Quinine and its salts - Number 41
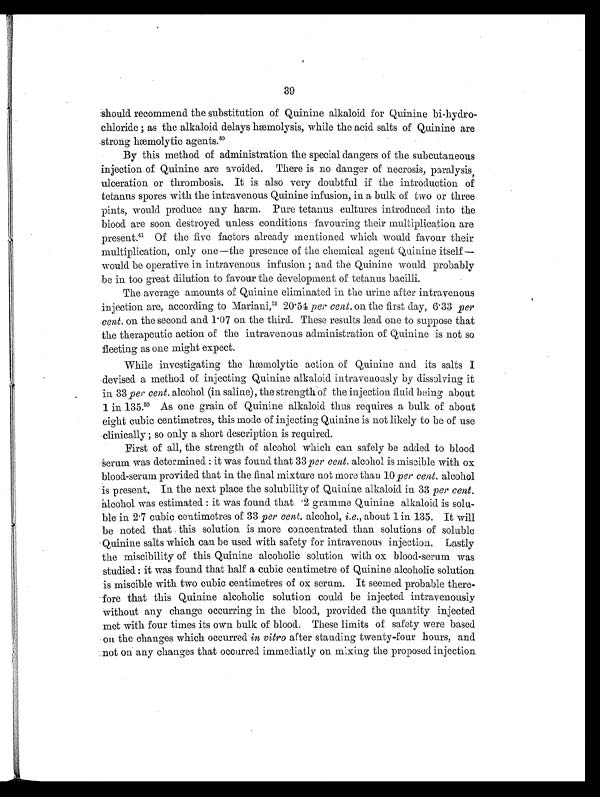
39
should recommend the substitution of Quinine alkaloid for Quinine bi-hydro-
chloride ; as the alkaloid delays hæmolysis, while the acid salts of Quinine are
strong hemolytic agents. 5 0
By this method of administration the special dangers of the subcutaneous
injection, of Quinine are avoided. There is no danger of necrosis, paralysis,
ulceration or thrombosis. It is also very doubtful if the introduction of
tetanus spores with the intravenous Quinine infusion, in a bulk of two or three
pints, would produce any harm. Pure tetanus cultures introduced into the
blood are soon destroyed unless conditions favouring their multiplication are
present.41 Of the five factors already mentioned which would favour their
multiplication, only one—the presence of the chemical agent Quinine itself —
would be operative in intravenous infusion ; and the Quinine would probably
be in too great dilution to favour the development of tetanus bacilli.
The average amounts of Quinine eliminated in the urine after intravenous
injection are, according to Mariani, 13 20.54 per cent. on the first day, 6.33 per
cent. on the second and 1.07 on the third. These results lead one to suppose that
the therapeutic action of the intravenous administration of Quinine is not so
fleeting as one might expect.
While investigating the hemolytic action of Quinine and its salts I
devised a method of injecting Quinine alkaloid intravenously by dissolving it
in 33 per cent. alcohol (in saline), the strength of the injection fluid being about
1 in 135. 50 As one grain of Quinine alkaloid thus requires a bulk of about
eight cubic centimetres, this mode of injecting Quinine is not likely to be of use
clinically ; so only a short description is required.
First of all, the strength of alcohol which can safely be added to blood
serum was determined : it was found that 33 per cent. alcohol is miscible with ox
blood-serum provided that in the final mixture not more than 10 per cent. alcohol
is present. In the next place the solubility of Quinine alkaloid in 33 p er cent.
alcohol was estimated : it was found that 2 gramme Quinine alkaloid is solu-
ble in 2.7 cubic centimetres of 33 per cent. alcohol, i.e., about 1 in 135. It will
be noted that this solution is more concentrated than solutions of soluble
Quinine salts which can be used with safety for intravenous injection. Lastly
the miscibility of this Quinine alcoholic solution with ox blood-serum was
studied : it was found that half a cubic centimetre of Quinine alcoholic solution
is miscible with two cubic centimetres of ox serum. It seemed probable there-
fore that this Quinine alcoholic solution could be injected intravenously
without any change occurring in the blood, provided the quantity injected
met with four times its own bulk of blood. These limits of safety were based
on the changes which occurred in vitro alter standing twenty-four hours, and
not on any changes that occurred immediatly on mixing the proposed. injection